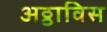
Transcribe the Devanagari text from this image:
अठ्ठाविस